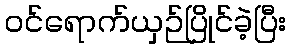
ဝင်ရောက်ယှဉ်ပြိုင်ခဲ့ပြီး